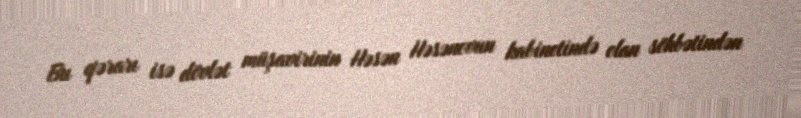
Bu qərarı isə dövlət müşavirinin Həsən Həsənovun kabinetində olan söhbətindən